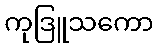
ကုဒြူသကော